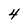
Character: 4